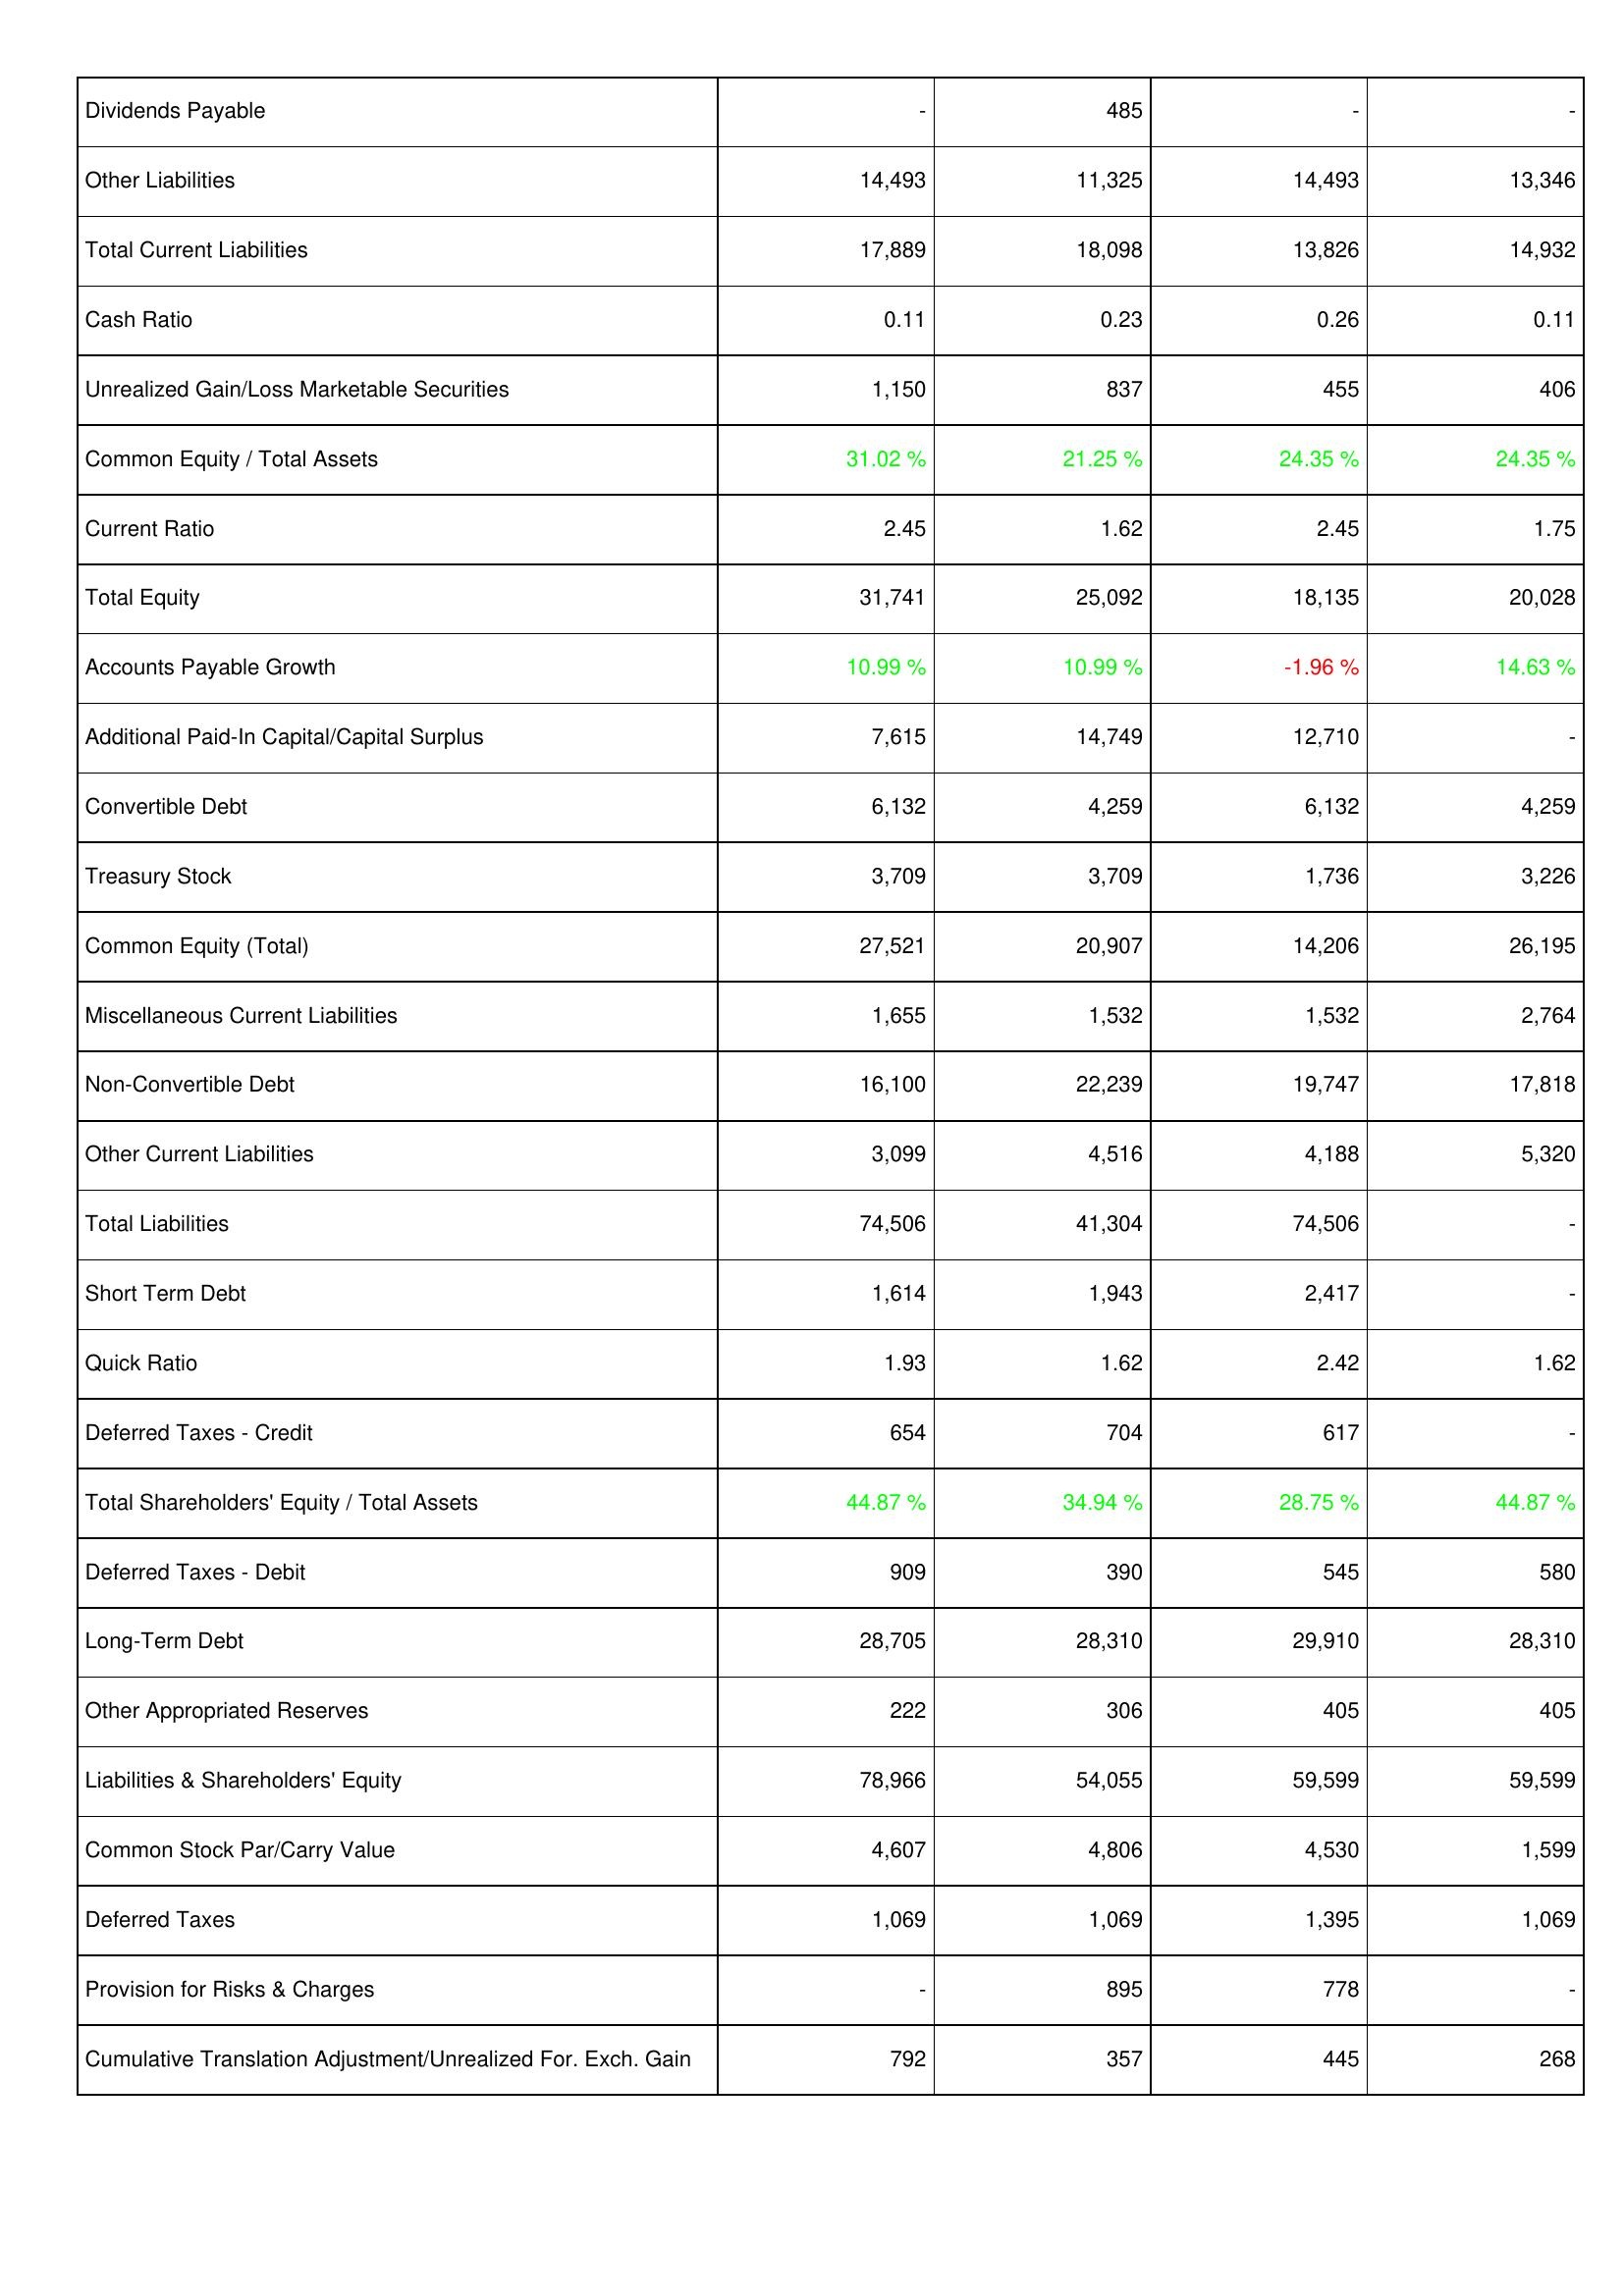
2009: Liabilities & Shareholders' Equity: Dividends Payable: -
Other Liabilities: 14,493
Total Current Liabilities: 17,889
Cash Ratio: 0.11
Unrealized Gain/Loss Marketable Securities: 1,150
Common Equity / Total Assets: 31.02 %
Current Ratio: 2.45
Total Equity: 31,741
Accounts Payable Growth: 10.99 %
Additional Paid-In Capital/Capital Surplus: 7,615
Convertible Debt: 6,132
Treasury Stock: 3,709
Common Equity (Total): 27,521
Miscellaneous Current Liabilities: 1,655
Non-Convertible Debt: 16,100
Other Current Liabilities: 3,099
Total Liabilities: 74,506
Short Term Debt: 1,614
Quick Ratio: 1.93
Deferred Taxes - Credit: 654
Total Shareholders' Equity / Total Assets: 44.87 %
Deferred Taxes - Debit: 909
Long-Term Debt: 28,705
Other Appropriated Reserves: 222
Liabilities & Shareholders' Equity: 78,966
Common Stock Par/Carry Value: 4,607
Deferred Taxes: 1,069
Provision for Risks & Charges: -
Cumulative Translation Adjustment/Unrealized For. Exch. Gain: 792
2010: Liabilities & Shareholders' Equity: Dividends Payable: 485
Other Liabilities: 11,325
Total Current Liabilities: 18,098
Cash Ratio: 0.23
Unrealized Gain/Loss Marketable Securities: 837
Common Equity / Total Assets: 21.25 %
Current Ratio: 1.62
Total Equity: 25,092
Accounts Payable Growth: 10.99 %
Additional Paid-In Capital/Capital Surplus: 14,749
Convertible Debt: 4,259
Treasury Stock: 3,709
Common Equity (Total): 20,907
Miscellaneous Current Liabilities: 1,532
Non-Convertible Debt: 22,239
Other Current Liabilities: 4,516
Total Liabilities: 41,304
Short Term Debt: 1,943
Quick Ratio: 1.62
Deferred Taxes - Credit: 704
Total Shareholders' Equity / Total Assets: 34.94 %
Deferred Taxes - Debit: 390
Long-Term Debt: 28,310
Other Appropriated Reserves: 306
Liabilities & Shareholders' Equity: 54,055
Common Stock Par/Carry Value: 4,806
Deferred Taxes: 1,069
Provision for Risks & Charges: 895
Cumulative Translation Adjustment/Unrealized For. Exch. Gain: 357
2011: Liabilities & Shareholders' Equity: Dividends Payable: -
Other Liabilities: 14,493
Total Current Liabilities: 13,826
Cash Ratio: 0.26
Unrealized Gain/Loss Marketable Securities: 455
Common Equity / Total Assets: 24.35 %
Current Ratio: 2.45
Total Equity: 18,135
Accounts Payable Growth: -1.96 %
Additional Paid-In Capital/Capital Surplus: 12,710
Convertible Debt: 6,132
Treasury Stock: 1,736
Common Equity (Total): 14,206
Miscellaneous Current Liabilities: 1,532
Non-Convertible Debt: 19,747
Other Current Liabilities: 4,188
Total Liabilities: 74,506
Short Term Debt: 2,417
Quick Ratio: 2.42
Deferred Taxes - Credit: 617
Total Shareholders' Equity / Total Assets: 28.75 %
Deferred Taxes - Debit: 545
Long-Term Debt: 29,910
Other Appropriated Reserves: 405
Liabilities & Shareholders' Equity: 59,599
Common Stock Par/Carry Value: 4,530
Deferred Taxes: 1,395
Provision for Risks & Charges: 778
Cumulative Translation Adjustment/Unrealized For. Exch. Gain: 445
2012: Liabilities & Shareholders' Equity: Dividends Payable: -
Other Liabilities: 13,346
Total Current Liabilities: 14,932
Cash Ratio: 0.11
Unrealized Gain/Loss Marketable Securities: 406
Common Equity / Total Assets: 24.35 %
Current Ratio: 1.75
Total Equity: 20,028
Accounts Payable Growth: 14.63 %
Additional Paid-In Capital/Capital Surplus: -
Convertible Debt: 4,259
Treasury Stock: 3,226
Common Equity (Total): 26,195
Miscellaneous Current Liabilities: 2,764
Non-Convertible Debt: 17,818
Other Current Liabilities: 5,320
Total Liabilities: -
Short Term Debt: -
Quick Ratio: 1.62
Deferred Taxes - Credit: -
Total Shareholders' Equity / Total Assets: 44.87 %
Deferred Taxes - Debit: 580
Long-Term Debt: 28,310
Other Appropriated Reserves: 405
Liabilities & Shareholders' Equity: 59,599
Common Stock Par/Carry Value: 1,599
Deferred Taxes: 1,069
Provision for Risks & Charges: -
Cumulative Translation Adjustment/Unrealized For. Exch. Gain: 268